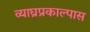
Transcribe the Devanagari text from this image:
व्याघ्रप्रकाल्पास